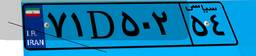
۶۸D۱۲۹۹۲